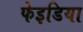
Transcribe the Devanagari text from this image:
फेइडिया